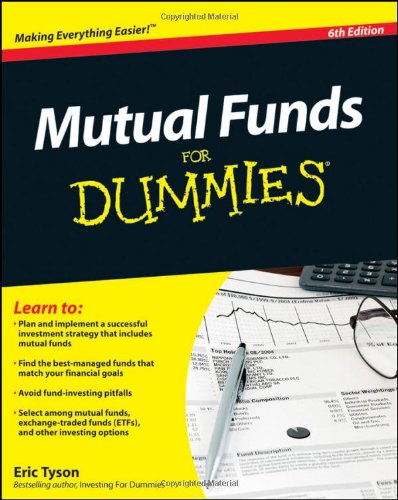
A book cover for Mutual Funds For Dummies, 6th edition; Eric Tyson; Business & Money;